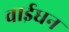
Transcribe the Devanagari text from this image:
वाईधन